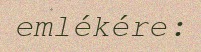
emlékére: